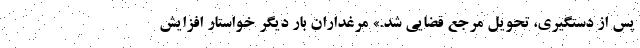
پس از دستگیری، تحویل مرجع قضایی شد.» مرغداران بار دیگر خواستار افزایش